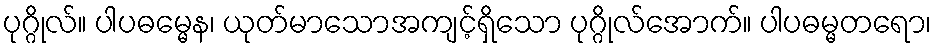
ပုဂ္ဂိုလ်။ ပါပဓမ္မေန၊ ယုတ်မာသောအကျင့်ရှိသော ပုဂ္ဂိုလ်အောက်။ ပါပဓမ္မတရော၊